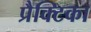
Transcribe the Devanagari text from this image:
प्रैक्टिका